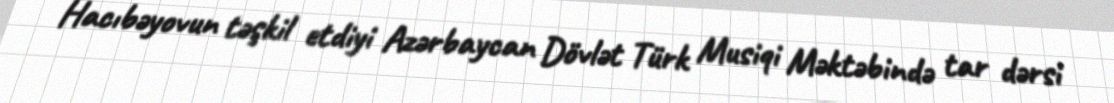
Hacıbəyovun təşkil etdiyi Azərbaycan Dövlət Türk Musiqi Məktəbində tar dərsi